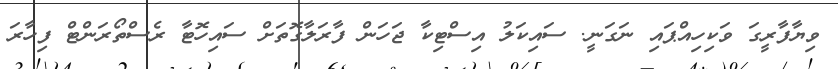
ވިޔާފާރީގަ ވަކިހިއްޕައި ނަގަނީ. ސައިކަލު އިސްޓިކާ ޖަހަން ފާރަލާގޮތަށް ސައިހޮޓާ ރެސްތޯރަންޓް ފިހާރަ